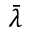
\bar { \lambda }